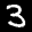
Label: 3